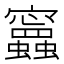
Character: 𧕝